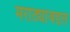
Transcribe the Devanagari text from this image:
मराठ्यांबद्दल